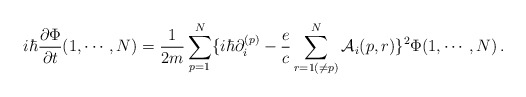
\begin{align*}i\hbar {\partial\Phi \over \partial t} (1, \cdots, N)= {1 \over 2m} \sum^N_{p=1} \{i\hbar \partial_i^{(p)} - {e \over c}\sum^N_{r=1(\ne p)} {\cal A}_i (p,r) \}^2\Phi(1, \cdots, N)\,. \end{align*}